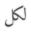
لكل